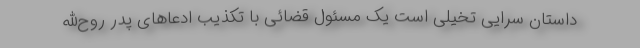
داستان سرایی تخیلی است یک مسئول قضائی با تکذیب ادعاهای پدر روح‌الله